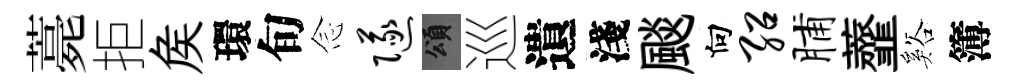
薧拒矦環旬𫝹隧頌巡遺淺颷向绍脯虀谿簿